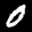
Label: 0